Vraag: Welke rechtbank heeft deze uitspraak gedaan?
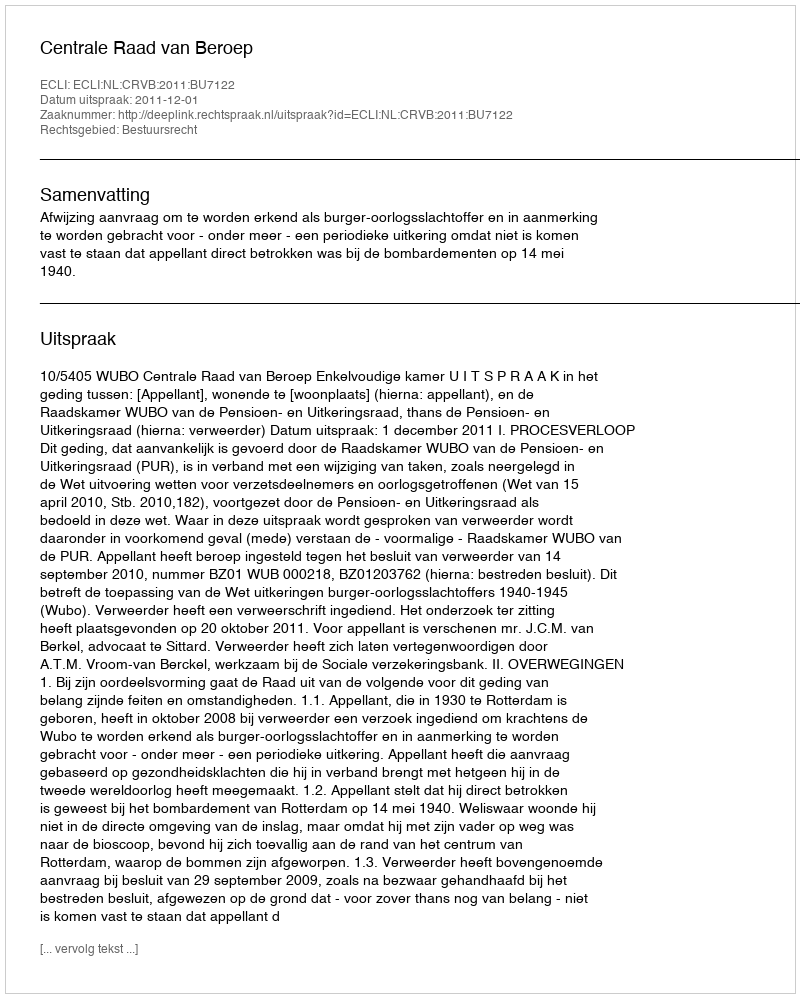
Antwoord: Centrale Raad van Beroep